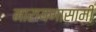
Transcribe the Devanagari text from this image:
नारायणासामी